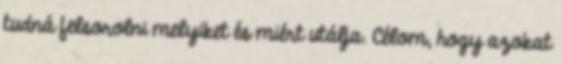
tudná felsorolni melyiket és miért utálja. Célom, hogy azokat